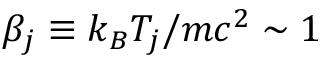
\beta _ { j } \equiv k _ { B } T _ { j } / m c ^ { 2 } \sim 1